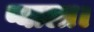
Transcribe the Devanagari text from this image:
प्याला।